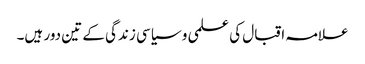
علامہ اقبال کی علمی و سیاسی زندگی کے تین دور ہیں۔